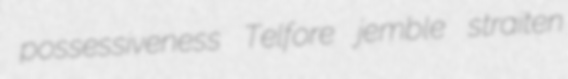
possessiveness Telfore jemble straiten